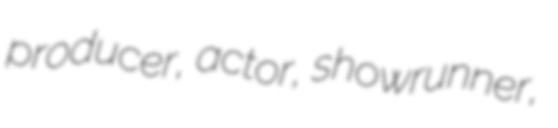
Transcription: producer, actor, showrunner,